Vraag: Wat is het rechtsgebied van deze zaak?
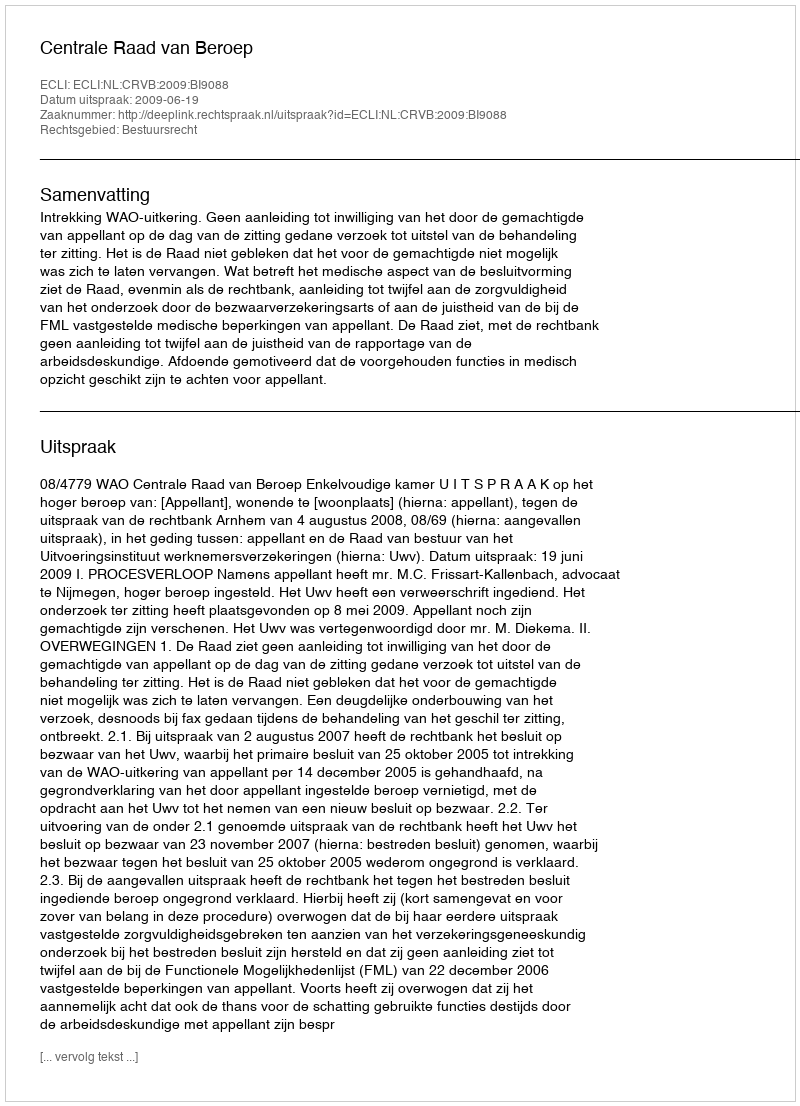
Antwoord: Bestuursrecht